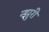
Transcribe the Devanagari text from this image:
न्झुरी